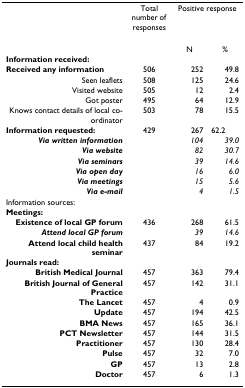
<table><thead><tr><td></td><td><b>Total number of responses</b></td><td colspan="2"><b>Positive response</b></td></tr></thead><tbody><tr><td></td><td></td><td>N</td><td>%</td></tr><tr><td><b>Information received:</b></td><td></td><td></td><td></td></tr><tr><td><b>Received any information</b></td><td>506</td><td>252</td><td>49.8</td></tr><tr><td>Seen leaflets</td><td>508</td><td>125</td><td>24.6</td></tr><tr><td>Visited website</td><td>505</td><td>12</td><td>2.4</td></tr><tr><td>Got poster</td><td>495</td><td>64</td><td>12.9</td></tr><tr><td>Knows contact details of local co-ordinator</td><td>503</td><td>78</td><td>15.5</td></tr><tr><td><b>Information requested:</b></td><td>429</td><td>267</td><td>62.2</td></tr><tr><td><b><i>Via written information</i></b></td><td></td><td><i>104</i></td><td><i>39.0</i></td></tr><tr><td><b><i>Via website</i></b></td><td></td><td><i>82</i></td><td><i>30.7</i></td></tr><tr><td><b><i>Via seminars</i></b></td><td></td><td><i>39</i></td><td><i>14.6</i></td></tr><tr><td><b><i>Via open day</i></b></td><td></td><td><i>16</i></td><td><i>6.0</i></td></tr><tr><td><b><i>Via meetings</i></b></td><td></td><td><i>15</i></td><td><i>5.6</i></td></tr><tr><td><b><i>Via e-mail</i></b></td><td></td><td><i>4</i></td><td><i>1.5</i></td></tr><tr><td>Information sources:</td><td></td><td></td><td></td></tr><tr><td><b>Meetings:</b></td><td></td><td></td><td></td></tr><tr><td><b>Existence of local GP forum</b></td><td>436</td><td>268</td><td>61.5</td></tr><tr><td><b><i>Attend local GP forum</i></b></td><td></td><td><i>39</i></td><td><i>14.6</i></td></tr><tr><td><b>Attend local child health seminar</b></td><td>437</td><td>84</td><td>19.2</td></tr><tr><td><b>Journals read:</b></td><td></td><td></td><td></td></tr><tr><td><b>British Medical Journal</b></td><td>457</td><td>363</td><td>79.4</td></tr><tr><td><b>British Journal of General Practice</b></td><td>457</td><td>142</td><td>31.1</td></tr><tr><td><b>The Lancet</b></td><td>457</td><td>4</td><td>0.9</td></tr><tr><td><b>Update</b></td><td>457</td><td>194</td><td>42.5</td></tr><tr><td><b>BMA News</b></td><td>457</td><td>165</td><td>36.1</td></tr><tr><td><b>PCT Newsletter</b></td><td>457</td><td>144</td><td>31.5</td></tr><tr><td><b>Practitioner</b></td><td>457</td><td>130</td><td>28.4</td></tr><tr><td><b>Pulse</b></td><td>457</td><td>32</td><td>7.0</td></tr><tr><td><b>GP</b></td><td>457</td><td>13</td><td>2.8</td></tr><tr><td><b>Doctor</b></td><td>457</td><td>6</td><td>1.3</td></tr></tbody></table>